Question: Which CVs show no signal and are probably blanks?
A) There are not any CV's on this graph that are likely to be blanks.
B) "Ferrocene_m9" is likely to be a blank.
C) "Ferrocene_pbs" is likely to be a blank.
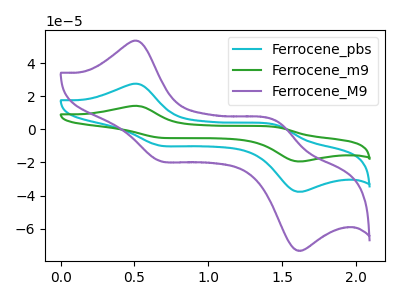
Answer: <think>The cyan curve "Ferrocene_pbs" has anodic peaks at (0.50V, 27.40uA) (1.45V, 2.45uA) and cathodic peaks at (0.65V, -9.75uA) (1.60V, -37.45uA). The green curve "Ferrocene_m9" has anodic peaks at (0.50V, 54.80uA) (1.45V, 4.90uA) and cathodic peaks at (0.65V, -19.55uA) (1.60V, -74.95uA). The purple curve "Ferrocene_M9" has anodic peaks at (0.50V, 53.25uA) (1.45V, 4.75uA) and cathodic peaks at (0.65V, -19.00uA) (1.60V, -72.80uA).</think>
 <answer>A) There are not any CV's on this graph that are likely to be blanks.</answer>
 <eval>A</eval>